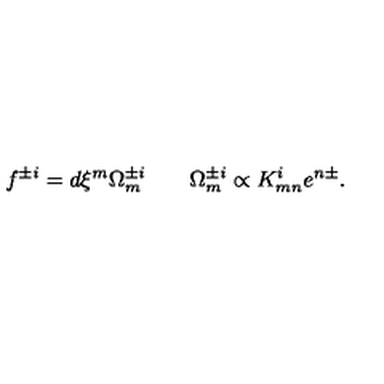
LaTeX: f ^ { \pm i } = d \xi ^ { m } \Omega _ { m } ^ { \pm i } \qquad \Omega _ { m } ^ { \pm i } \propto K _ { m n } ^ { i } e ^ { n \pm } .